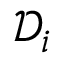
\mathcal { D } _ { i }